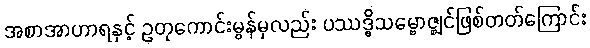
အစာအာဟာရနှင့် ဥတုကောင်းမွန်မှလည်း ပဿဒ္ဓိသမ္ဗောဇ္ဈင်ဖြစ်တတ်ကြောင်း